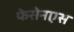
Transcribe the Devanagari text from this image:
फेसेनएस